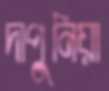
দাপুনিয়া